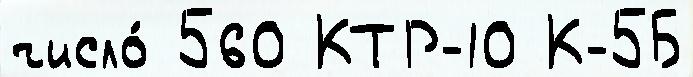
число́ 560 КТР-10 К-5Б